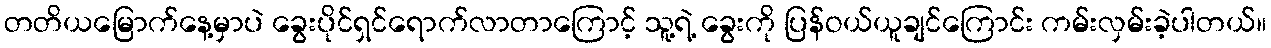
တတိယမြောက်နေ့မှာပဲ ခွေးပိုင်ရှင်ရောက်လာတာကြောင့် သူ့ရဲ့ ခွေးကို ပြန်ဝယ်ယူချင်ကြောင်း ကမ်းလှမ်းခဲ့ပါတယ်။